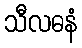
သီလဓနံ